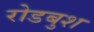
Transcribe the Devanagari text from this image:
रोडबुश